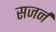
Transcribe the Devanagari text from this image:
सजर्न